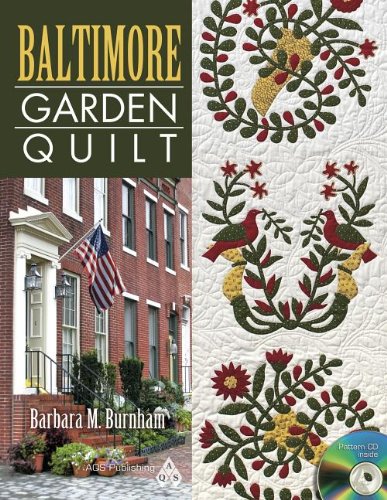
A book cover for Baltimore Garden Quilt; Burnham; Crafts, Hobbies & Home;